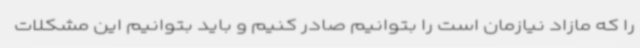
را که مازاد نیازمان است را بتوانیم صادر کنیم و باید بتوانیم این مشکلات